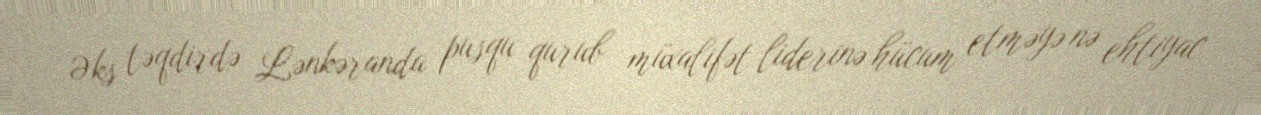
Əks təqdirdə Lənkəranda pusqu qurub müxalifət liderinə hücum etməyə nə ehtiyac